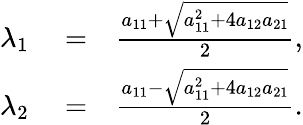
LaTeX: \begin{array}{rlr}{\lambda_{1}}&{{}=}&{\frac{a_{11}+\sqrt{a_{11}^{2}+4a_{12}a_{21}}}{2},}\\ {\lambda_{2}}&{{}=}&{\frac{a_{11}-\sqrt{a_{11}^{2}+4a_{12}a_{21}}}{2}.}\end{array}